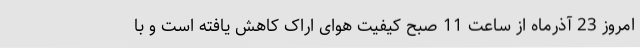
امروز 23 آذرماه از ساعت 11 صبح کیفیت هوای اراک کاهش یافته است و با